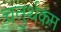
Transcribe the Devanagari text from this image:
चतुर्थकम